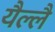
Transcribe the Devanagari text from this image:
यैल्लै